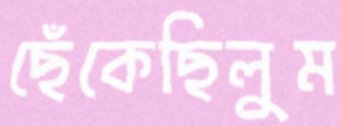
ছেঁকেছিলুম